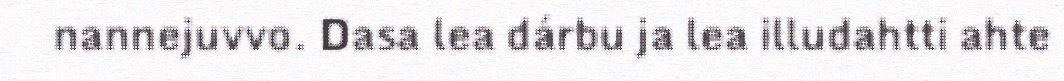
nannejuvvo. Dasa lea dárbu ja lea illudahtti ahte